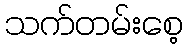
သက်တမ်းစေ့